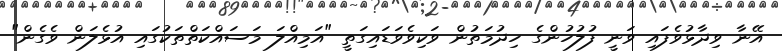
އޭނާ ވިދާޅުވެފައި ވަނީ ފުލުހުންގެ ހިދުމަތުން ވަކިވެވަޑައިގަތީ "އަމިއްލަ މަސައްކަތްތަކުގައި އުޅެލަން ވެގެން"